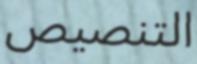
التنصيص